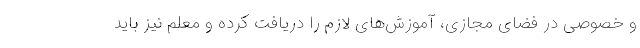
و خصوصی در فضای مجازی، آموزش‌های لازم را دریافت کرده و معلم نیز باید